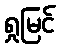
ရှုမြင်